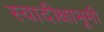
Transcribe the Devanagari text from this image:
स्वादीक्षाभूमी